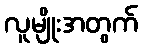
လူမျိုးအတွက်